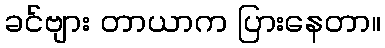
ခင်ဗျား တာယာက ပြားနေတာ။